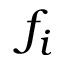
f _ { i }